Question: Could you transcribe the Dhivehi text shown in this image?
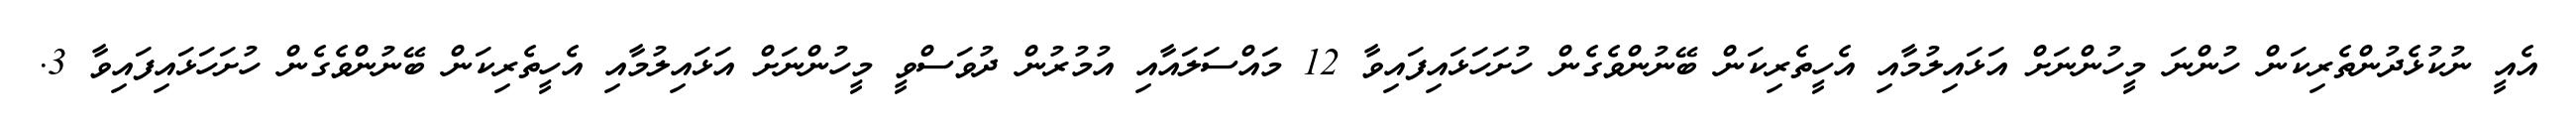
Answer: އެއީ ނުކުޅެދުންތެރިކަން ހުންނަ މީހުންނަށް އަޅައިލުމާއި އެހީތެރިކަން ބޭނުންވެގެން ހުށަހަޅައިފައިވާ 12 މައްސަލައާއި އުމުރުން ދުވަސްވީ މީހުންނަށް އަޅައިލުމާއި އެހީތެރިކަން ބޭނުންވެގެން ހުށަހަޅައިފައިވާ 3.